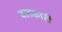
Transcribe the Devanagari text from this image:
बलकारी